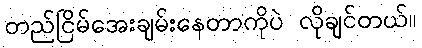
တည်ငြိမ်အေးချမ်းနေတာကိုပဲ လိုချင်တယ်။